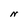
Character: N